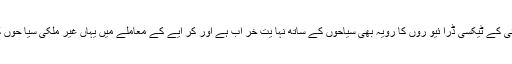
سر وے کے مطابق ممبئی کے ٹیکسی ڈرا ئیو روں کا رویہ بھی سیاحوں کے ساتھ نہا یت خر اب ہے اور کر ایے کے معاملے میں یہاں غیر ملکی سیا حوں کو خو ب لو ٹا جا تا ہے ۔